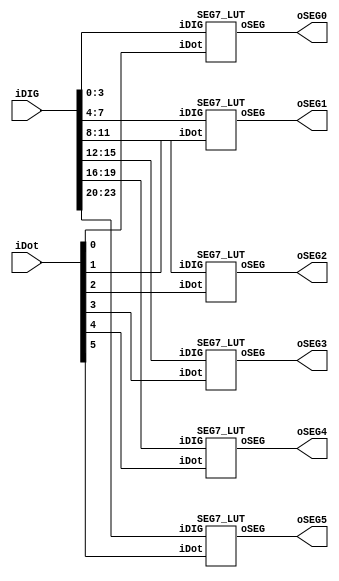
module SEG7_LUT_6 (	oSEG0,oSEG1,oSEG2,oSEG3,oSEG4,oSEG5,iDIG, iDot );

input	[31:0]	iDIG;
input	[5:0]		iDot;
output	[7:0]	oSEG0,oSEG1,oSEG2,oSEG3,oSEG4,oSEG5;

SEG7_LUT	u0	(	oSEG0,iDIG[3:0]	,iDot[0]);
SEG7_LUT	u1	(	oSEG1,iDIG[7:4]  	,iDot[1]);
SEG7_LUT	u2	(	oSEG2,iDIG[11:8] 	,iDot[2]);
SEG7_LUT	u3	(	oSEG3,iDIG[15:12]	,iDot[3]);
SEG7_LUT	u4	(	oSEG4,iDIG[19:16]	,iDot[4]);
SEG7_LUT	u5	(	oSEG5,iDIG[23:20]	,iDot[5]);

endmodule 

// digits 0~F
module SEG7_LUT	(	oSEG, iDIG, iDot);
input	[3:0]	iDIG;
input	iDot;
output reg	[7:0]	oSEG;

always @(iDIG or iDot)
begin
		case(iDIG)
		4'h0: oSEG = {~iDot, 7'b1000000};
		4'h1: oSEG = {~iDot, 7'b1111001};	// ---t----
		4'h2: oSEG = {~iDot, 7'b0100100}; 	// |	  |
		4'h3: oSEG = {~iDot, 7'b0110000}; 	// lt	 rt
		4'h4: oSEG = {~iDot, 7'b0011001}; 	// |	  |
		4'h5: oSEG = {~iDot, 7'b0010010}; 	// ---m----
		4'h6: oSEG = {~iDot, 7'b0000010}; 	// |	  |
		4'h7: oSEG = {~iDot, 7'b1111000}; 	// lb	 rb
		4'h8: oSEG = {~iDot, 7'b0000000}; 	// |	  |
		4'h9: oSEG = {~iDot, 7'b0011000}; 	// ---b----
		4'ha: oSEG = {~iDot, 7'b0001000};
		4'hb: oSEG = {~iDot, 7'b0000011};
		4'hc: oSEG = {~iDot, 7'b1000110};
		4'hd: oSEG = {~iDot, 7'b0100001};
		4'he: oSEG = {~iDot, 7'b1111111};	// all dark
		4'hf: oSEG = {~iDot, 7'b0111111};	// minus sign
		endcase
end
endmodule